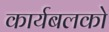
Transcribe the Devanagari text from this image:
कार्यबलको